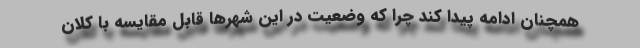
همچنان ادامه پیدا کند چرا که وضعیت در این شهرها قابل مقایسه با کلان